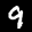
Label: 9